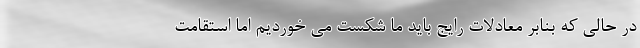
در حالی که بنابر معادلات رایج باید ما شکست می خوردیم اما استقامت